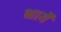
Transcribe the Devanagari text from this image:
भार्ये